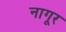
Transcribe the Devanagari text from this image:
नागूर